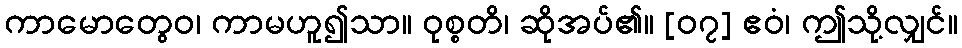
ကာမောတွေဝ၊ ကာမဟူ၍သာ။ ဝုစ္စတိ၊ ဆိုအပ်၏။ [၀၇] ဧဝံ၊ ဤသို့လျှင်။